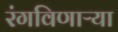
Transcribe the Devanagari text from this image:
रंगविणाऱ्या